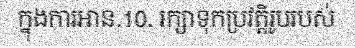
ក្នុងការអាន.10. រក្សាទុកប្រវត្តិរូបរបស់